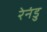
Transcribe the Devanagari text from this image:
रेनंडु